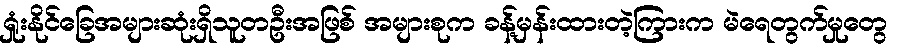
ရှုံးနိုင်ခြေအများဆုံးရှိသူတဦးအဖြစ် အများစုက ခန့်မှန်းထားတဲ့ကြားက မဲရေတွက်မှုတွေ